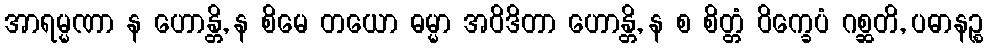
အာရမ္မဏာ န ဟောန္တိ, န စိမေ တယော ဓမ္မာ အဝိဒိတာ ဟောန္တိ, န စ စိတ္တံ ဝိက္ခေပံ ဂစ္ဆတိ, ပဓာနဉ္စ